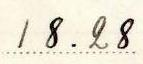
18.28